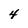
Character: 4